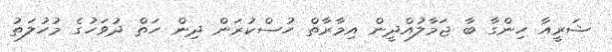
ޝަރީއާ ހިންގާ ބާ ޖަމާލުއްދީން އިމާރާތް ހުސްކުރަން ދިން ހަތް ދުވަހުގެ މުހުލަތު